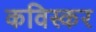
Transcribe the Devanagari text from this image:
कविस्कर